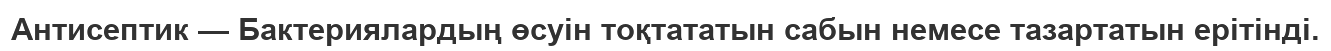
Антисептик — Бактериялардың өсуін тоқтататын сабын немесе тазартатын ерітінді.